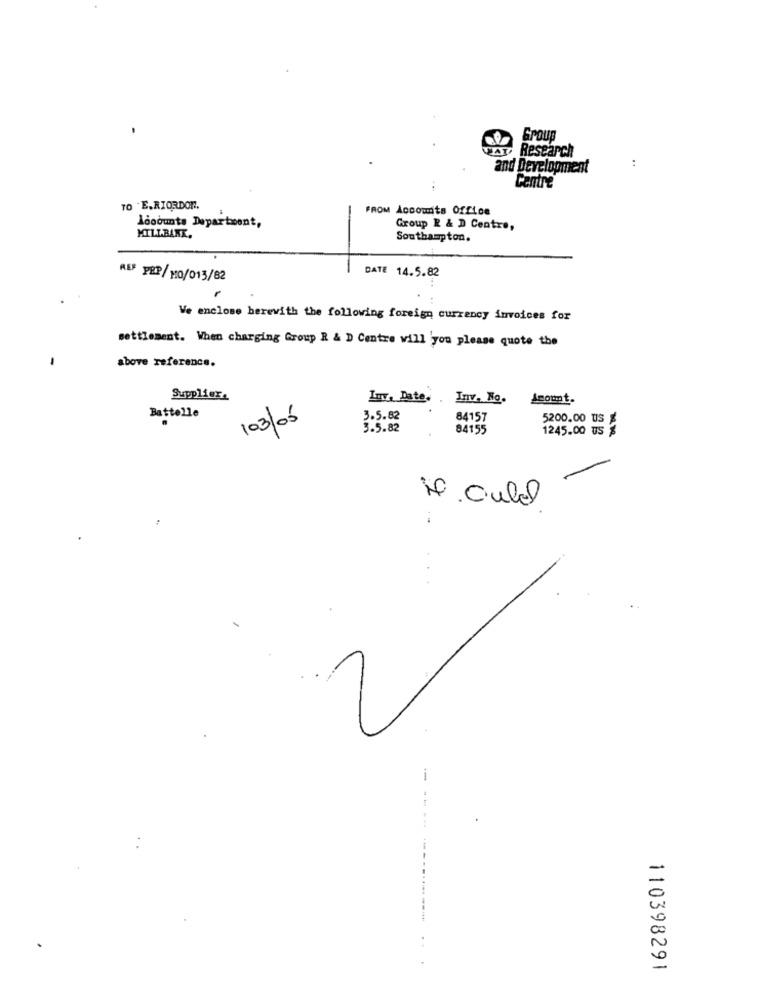
Group
A Research
:
and Development
Centre
TO E. RIORDOR.
FROM Accounts Office
Ldoounts Department,
Group R & D Centre,
MILLBANK.
Southampton.
DATE 14.5.82
REF PEP/ MO/013/82
Ve enclose herewith the following foreign currency invoices for
settlement. When charging Group R & D Centre will you please quote the
above reference.
Supplier.
Inv, Date.
Inv. No.
Amount.
Battelle
/03/05
3.5.82
84157
5200.00 US %
3.5.82
84155
1245.00 us %
1. Outel
:
110398291